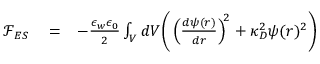
\begin{array} { r l r } { { \mathcal F } _ { E S } } & { { } = } & { - \frac { \epsilon _ { w } \epsilon _ { 0 } } { 2 } \int _ { V } d V \Bigg ( \left( \frac { d \psi ( r ) } { d r } \right) ^ { \! 2 } + \kappa _ { D } ^ { 2 } \psi ( r ) ^ { 2 } \Bigg ) } \end{array}